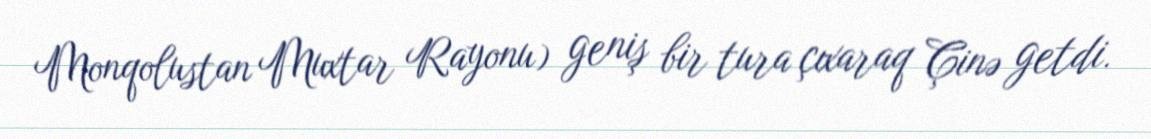
Monqolustan Muxtar Rayonu) geniş bir tura çıxaraq Çinə getdi.